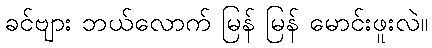
ခင်ဗျား ဘယ်လောက် မြန် မြန် မောင်းဖူးလဲ။